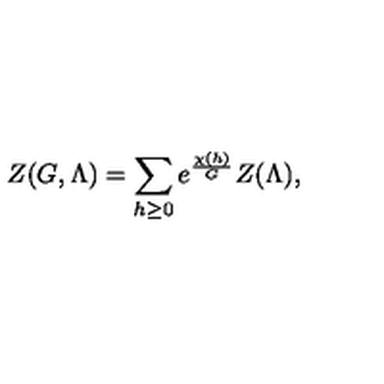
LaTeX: Z ( G , \Lambda ) = \sum _ { h \geq 0 } e ^ { \frac { \chi ( h ) } { G } } Z ( \Lambda ) ,